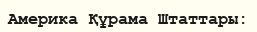
Америка Құрама Штаттары: